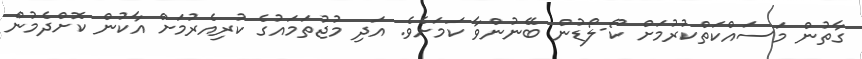
ގާތުން މަސައްކަތްކުރުމަށް ކޯ-ލޯޑުން ބޭނުންވާ ކަމަށެވެ. އަދި މުޖުތަމައުގެ ކުރިއެރުމަށް އާކުން ކޮށްދެމުން